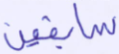
سابقين